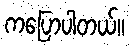
ကပြောပါတယ်။